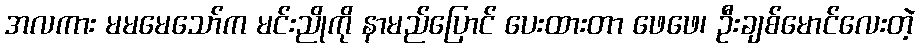
အလကား မမမေသော်က မင်းညိုကို နာမည်ပြောင် ပေးထားတာ ဖေဖေ၊ ဦးချစ်မောင်လေးတဲ့